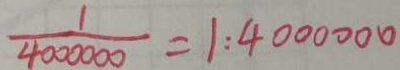
\frac { 1 } { 4 0 0 0 0 0 } = 1 : 4 0 0 0 0 0 0